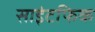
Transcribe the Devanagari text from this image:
साइंटफिक